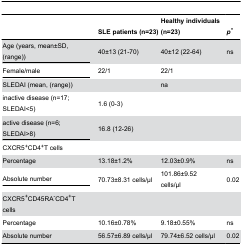
|  | SLE patients (n=23) | Healthy individuals (n=23) | p* |
 | --- | --- | --- | --- |
 | Age (years, mean±SD, (range)) | 40±13 (21-70) | 40±12 (22-64) | ns |
 | Female/male | 22/1 | 22/1 |  |
 | SLEDAI (mean, (range)) |  | na |  |
 | inactive disease (n=17; SLEDAI<5) | 1.6 (0-3) |  |  |
 | active disease (n=6; SLEDAI>8) | 16.8 (12-26) |  |  |
 | CXCR5+CD4+T cells |  |  |  |
 | Percentage | 13.18±1.2% | 12.03±0.9% | ns |
 | Absolute number | 70.73±8.31 cells/μl | 101.86±9.52 cells/μl | 0.02 |
 | CXCR5+CD45RA-CD4+T cells |  |  |  |
 | Percentage | 10.16±0.78% | 9.18±0.55% | ns |
 | Absolute number | 56.57±6.89 cells/μl | 79.74±6.52 cells/μl | 0.02 |